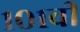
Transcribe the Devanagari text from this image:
१०१वी